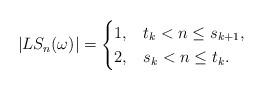
LaTeX: \begin{align*}|LS_n(\omega)| = \begin{cases}1, & t_k < n \leq s_{k+1},\\2, & s_k < n \leq t_k.\end{cases}\end{align*}